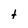
Character: t